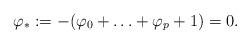
LaTeX: \begin{align*} \varphi_{*}:=-(\varphi_0+\ldots+\varphi_p+1)=0.\end{align*}